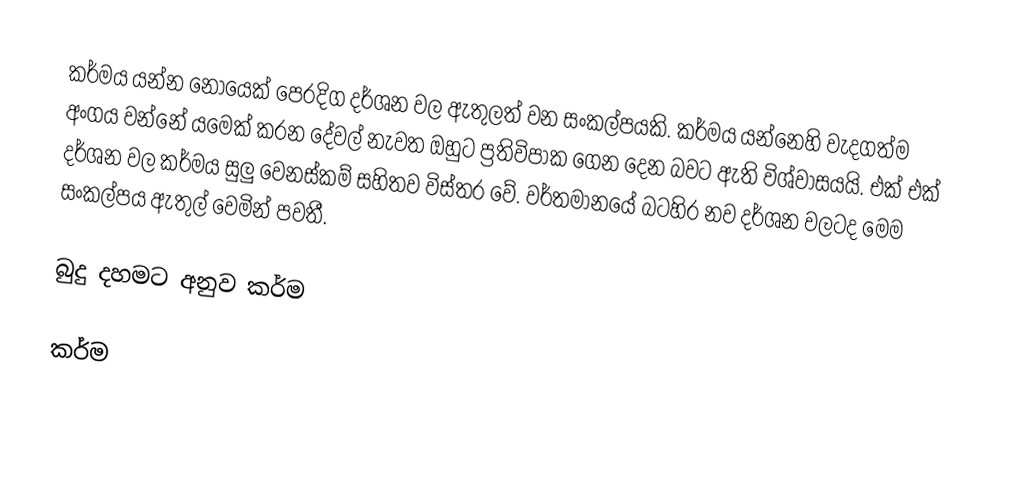
කර්මය යන්න නොයෙක් පෙරදිග දර්ශන වල ඇතුලත් වන සංකල්පයකි. කර්මය යන්නෙහි වැදගත්ම අංගය වන්නේ යමෙක් කරන දේවල් නැවත ඔහුට ප්‍රතිවිපාක ගෙන දෙන බවට ඇති විශ්වාසයයි. එක් එක් දර්ශන වල කර්මය සුලු වෙනස්කම් සහිතව විස්තර වේ. වර්තමානයේ බටහිර නව දර්ශන වලටද මෙම සංකල්පය ඇතුල් වෙමින් පවතී.

බුදු දහමට අනුව කර්ම

කර්ම